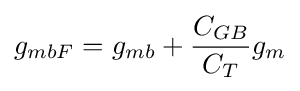
g_{mbF}=g_{mb}+{\frac {C_{GB}}{C_{T}}}g_{m}